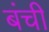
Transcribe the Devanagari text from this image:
बंची